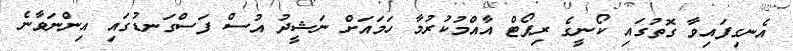
އެނގިފައިވާ ގޮތުގައި ކޯނީގެ ރިޕޯޓް އާއްމުކުރުމާ ހަމައަށް ނަޝީދު އުސް ފަސްގަނޑުގައި އިންނަވާނެ